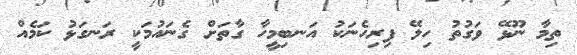
ތިމާ ނޫޅޭ ވަގުތު ހިލޭ ފިރިހެނަކު އަނބިމީހާ ގާތަށް ގެނައުމަކީ ރަނގަޅު ކަމެއް